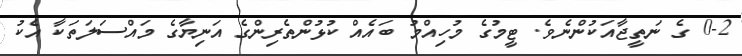
0-2 ގެ ނަތީޖާއަކުންނެވެ. ޓީމުގެ މުހިއްމު ބައެއް ކުޅުންތެރިންގެ އަނިޔާގެ މައްސަލަތަކާ އެކު